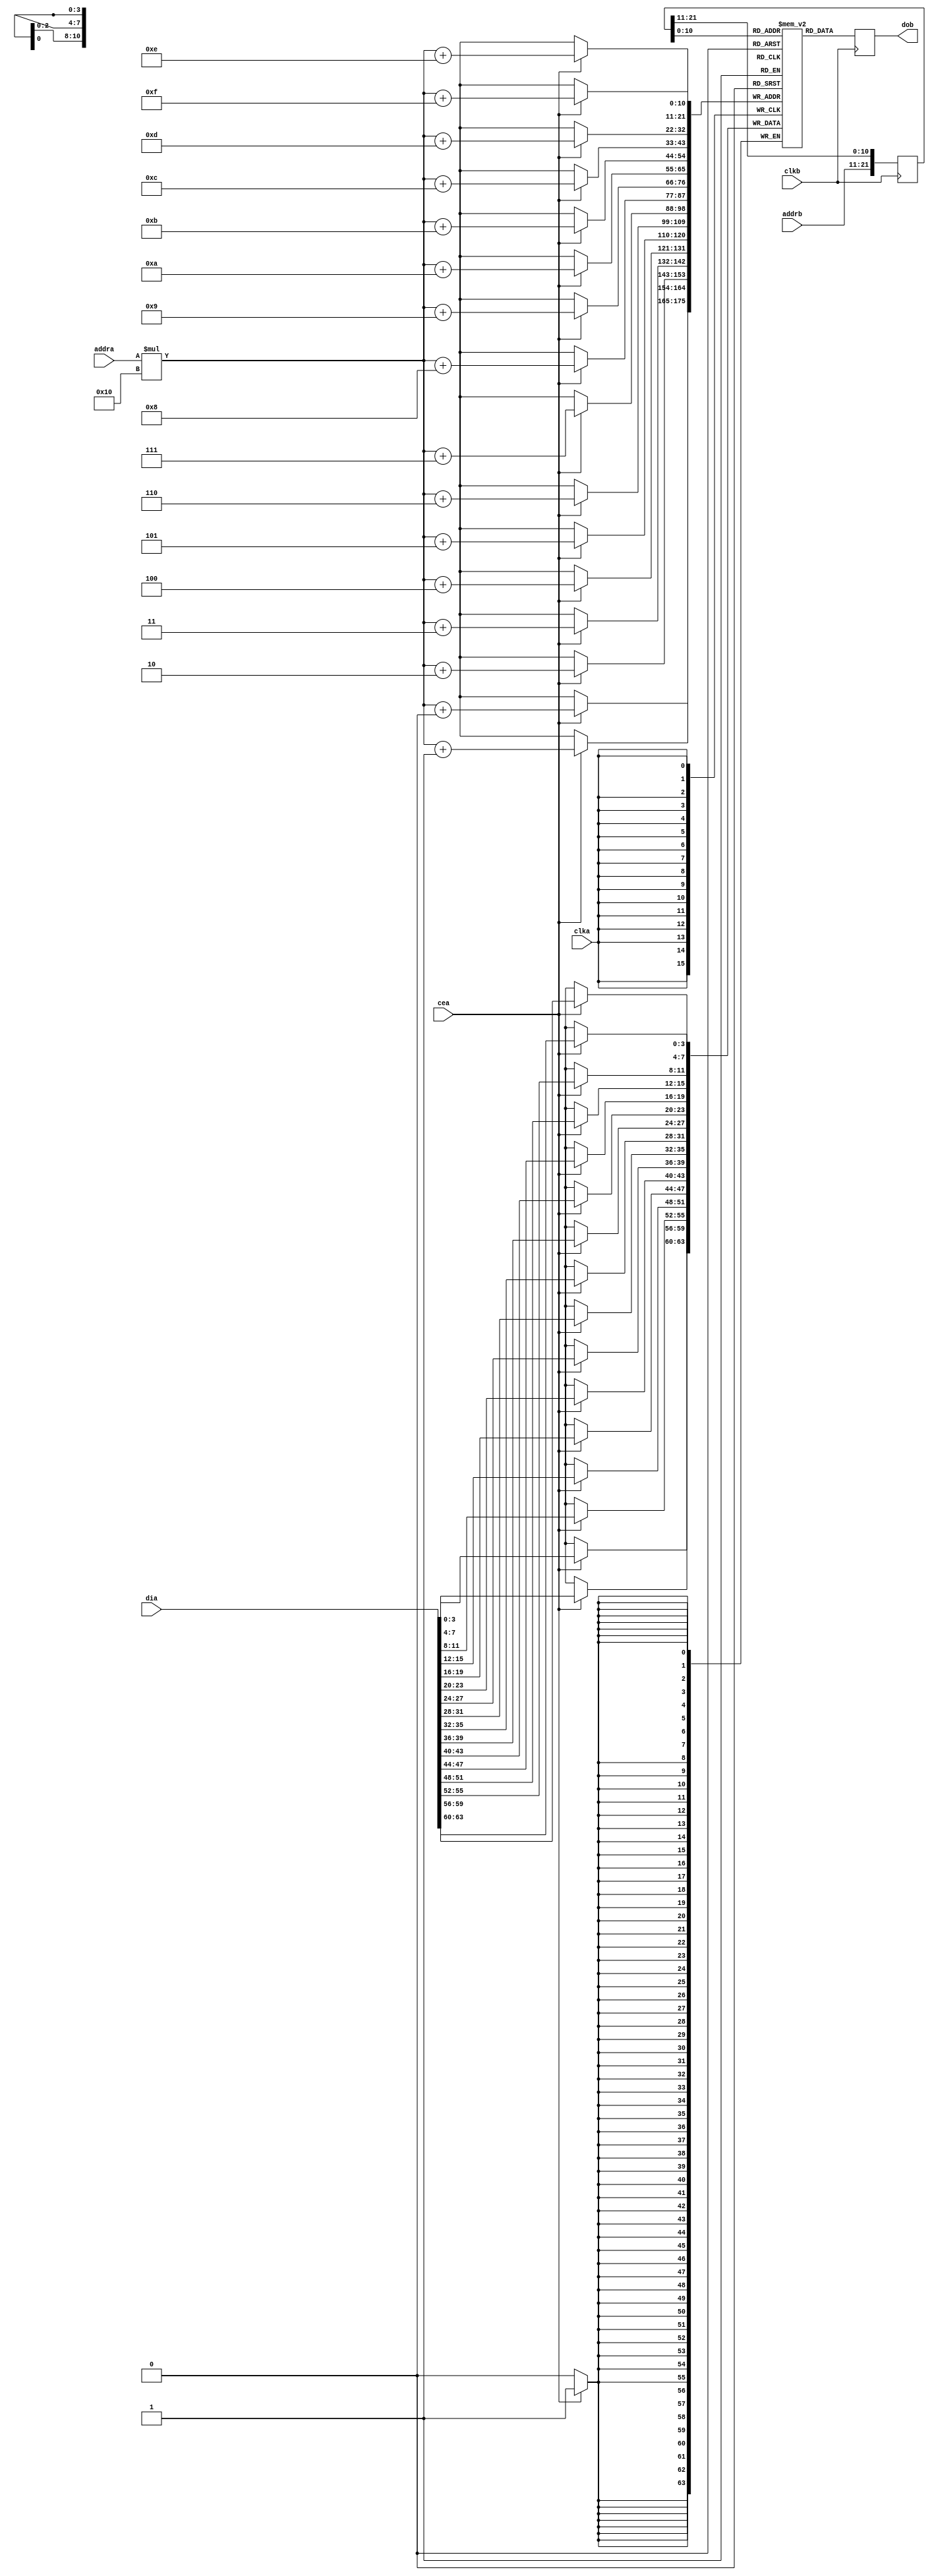
module pixels (
	input wire clka,
	input wire [63:0] dia,
	input wire [6:0] addra,
	input wire cea,

	input wire clkb,
	input wire [10:0] addrb,
	output reg [3:0] dob
);

reg wr_pixel_enable;
reg [63:0] wr_pixel_data;
reg [6:0] wr_pixel_addr;
wire [3:0] current_pixel_index;

reg [3:0] memory [2047:0];

always @(posedge clka) if (cea) begin
    memory[addra * 16 + 15] <= dia[63:60];
    memory[addra * 16 + 14] <= dia[59:56];
    memory[addra * 16 + 13] <= dia[55:52];
    memory[addra * 16 + 12] <= dia[51:48];
    memory[addra * 16 + 11] <= dia[47:44];
    memory[addra * 16 + 10] <= dia[43:40];
    memory[addra * 16 + 9] <= dia[39:36];
    memory[addra * 16 + 8] <= dia[35:32];
    memory[addra * 16 + 7] <= dia[31:28];
    memory[addra * 16 + 6] <= dia[27:24];
    memory[addra * 16 + 5] <= dia[23:20];
    memory[addra * 16 + 4] <= dia[19:16];
    memory[addra * 16 + 3] <= dia[15:12];
    memory[addra * 16 + 2] <= dia[11:8];
    memory[addra * 16 + 1] <= dia[7:4];
    memory[addra * 16 + 0] <= dia[3:0];
end

reg [21:0] fifo = 22'd0;
always @(posedge clkb) begin
	fifo <= { addrb, fifo[21:11] };
	dob <= memory[fifo[10:0]];
end

endmodule